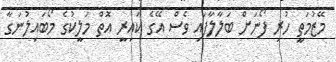
މޭޒުމަތީ ހުރި ފޯނަށް ބަލާލާފައި ވެސް އޭގެ ކައިރީ އޮތް މަލީކުގެ މޯބައިލުނަގާ